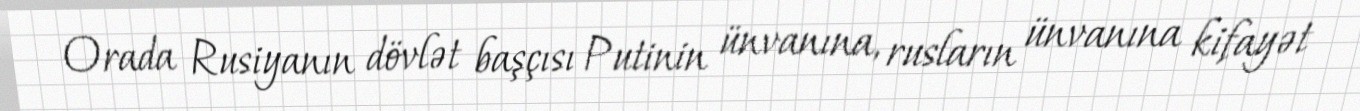
Orada Rusiyanın dövlət başçısı Putinin ünvanına, rusların ünvanına kifayət